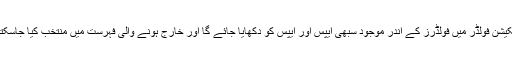
- ایپلیکیشن فولڈر میں فولڈرز کے اندر موجود سبھی ایپس اور ایپس کو دکھایا جائے گا اور خارج ہونے والی فہرست میں منتخب کیا جاسکتا ہے۔